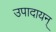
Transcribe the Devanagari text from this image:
उपादायन्